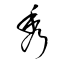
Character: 秀